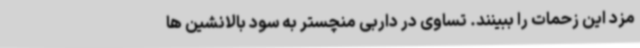
مزد این زحمات را ببینند. تساوی در داربی منچستر به سود بالانشین ها